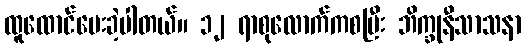
ထူထောင်ပေးခဲ့ပါတယ်။ ၁၂ ရာစုလောက်ကစပြီး ဘိက္ခုနီသာသနာ